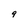
Character: 9